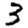
Digit: 3